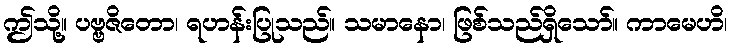
ဤသို့။ ပဗ္ဗဇိတော၊ ရဟန်းပြုသည်။ သမာနော၊ ဖြစ်သည်ရှိသော်။ ကာမေဟိ၊